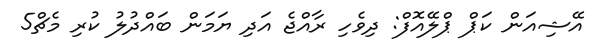
އޭޝިއަން ކަޕް ޕްލޭއޮފް: ދިވެހި ރާއްޖެ އަދި ޔަމަން ބައްދުލު ކުރި މެޗް5